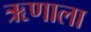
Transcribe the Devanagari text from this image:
ऋणाला